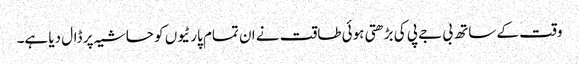
وقت کے ساتھ بی جے پی کی بڑھتی ہوئی طاقت نے ان تمام پارٹیوں کو حاشیہ پر ڈال دیا ہے۔